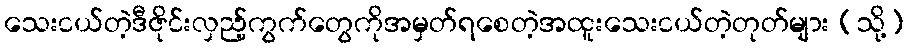
သေးငယ်တဲ့ဒီဇိုင်းလှည့်ကွက်တွေကိုအမှတ်ရစေတဲ့အထူးသေးငယ်တဲ့တုတ်များ (သို့)